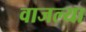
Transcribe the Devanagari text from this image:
वाजल्या